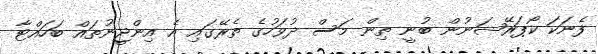
ފެނަކަ ކޯޕަރޭޝަނުން ބުނީ ތިން މަސް ދުވަހުގެ ތެރޭގައި އެ އިންޖީނުތައް ބަހައްޓާ